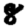
Digit: 8